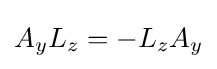
A_{y}L_{z}=-L_{z}A_{y}